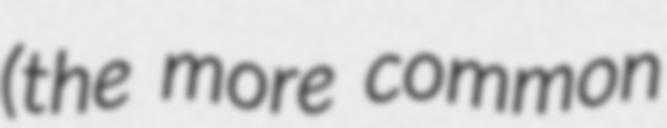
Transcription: (the more common